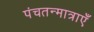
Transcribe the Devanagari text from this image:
पंचतन्मात्राएँ